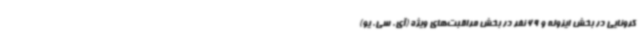
کرونایی در بخش ایزوله و 69 نفر در بخش مراقبت‌های ویژه (آی. سی. یو)